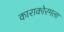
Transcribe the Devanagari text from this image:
काराकोरमला